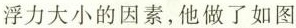
浮力大小的因素，他做了如图